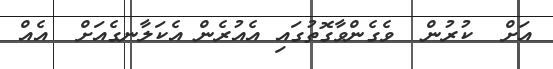
އަށް  ކުރުން  ވެގެންވާގޮތުގައި އެއުރެން އެކަލާނގެއަށް  އެއް